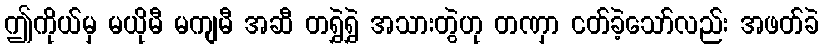
ဤကိုယ်မှ မယိုမီ မကျမီ အဆီ တရွှဲရွှဲ အသားတွဲဟု တဏှာ ငတ်ခဲ့သော်လည်း အဖတ်ခဲ